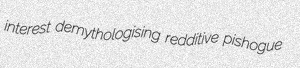
interest demythologising redditive pishogue